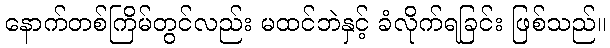
နောက်တစ်ကြိမ်တွင်လည်း မထင်ဘဲနှင့် ခံလိုက်ရခြင်း ဖြစ်သည်။